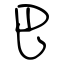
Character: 巴